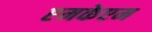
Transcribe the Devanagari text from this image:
एमकेएम